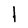
Character: l